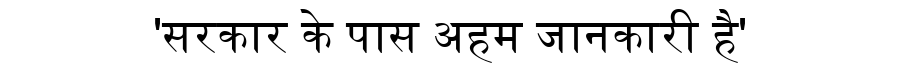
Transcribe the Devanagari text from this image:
'सरकार के पास अहम जानकारी है'